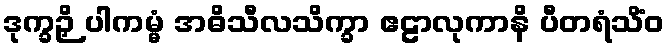
ဒုက္ခဉှိ ပါကမ္မံ အဓိသီလသိက္ခာ ဧဠာလုကာနိ ပီတရံသိံဝ